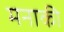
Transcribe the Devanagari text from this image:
मनाकी